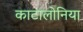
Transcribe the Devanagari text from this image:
काटालोनिया